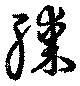
膝